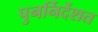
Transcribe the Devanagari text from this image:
पुनर्निर्देशत